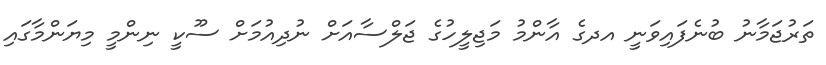
ތަރުޖަމާނު ބުނެފައިވަނީ އދގެ އާންމު މަޖިލީހުގެ ޖަލްސާއަށް ނުދިއުމަށް ސޫކީ ނިންމީ މިޔަންމާގައި